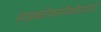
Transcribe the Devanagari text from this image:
साइकोफार्मेकोलोजी